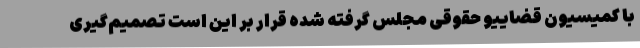
با کمیسیون قضاییو حقوقی مجلس گرفته شده قرار بر این است تصمیم‌گیری